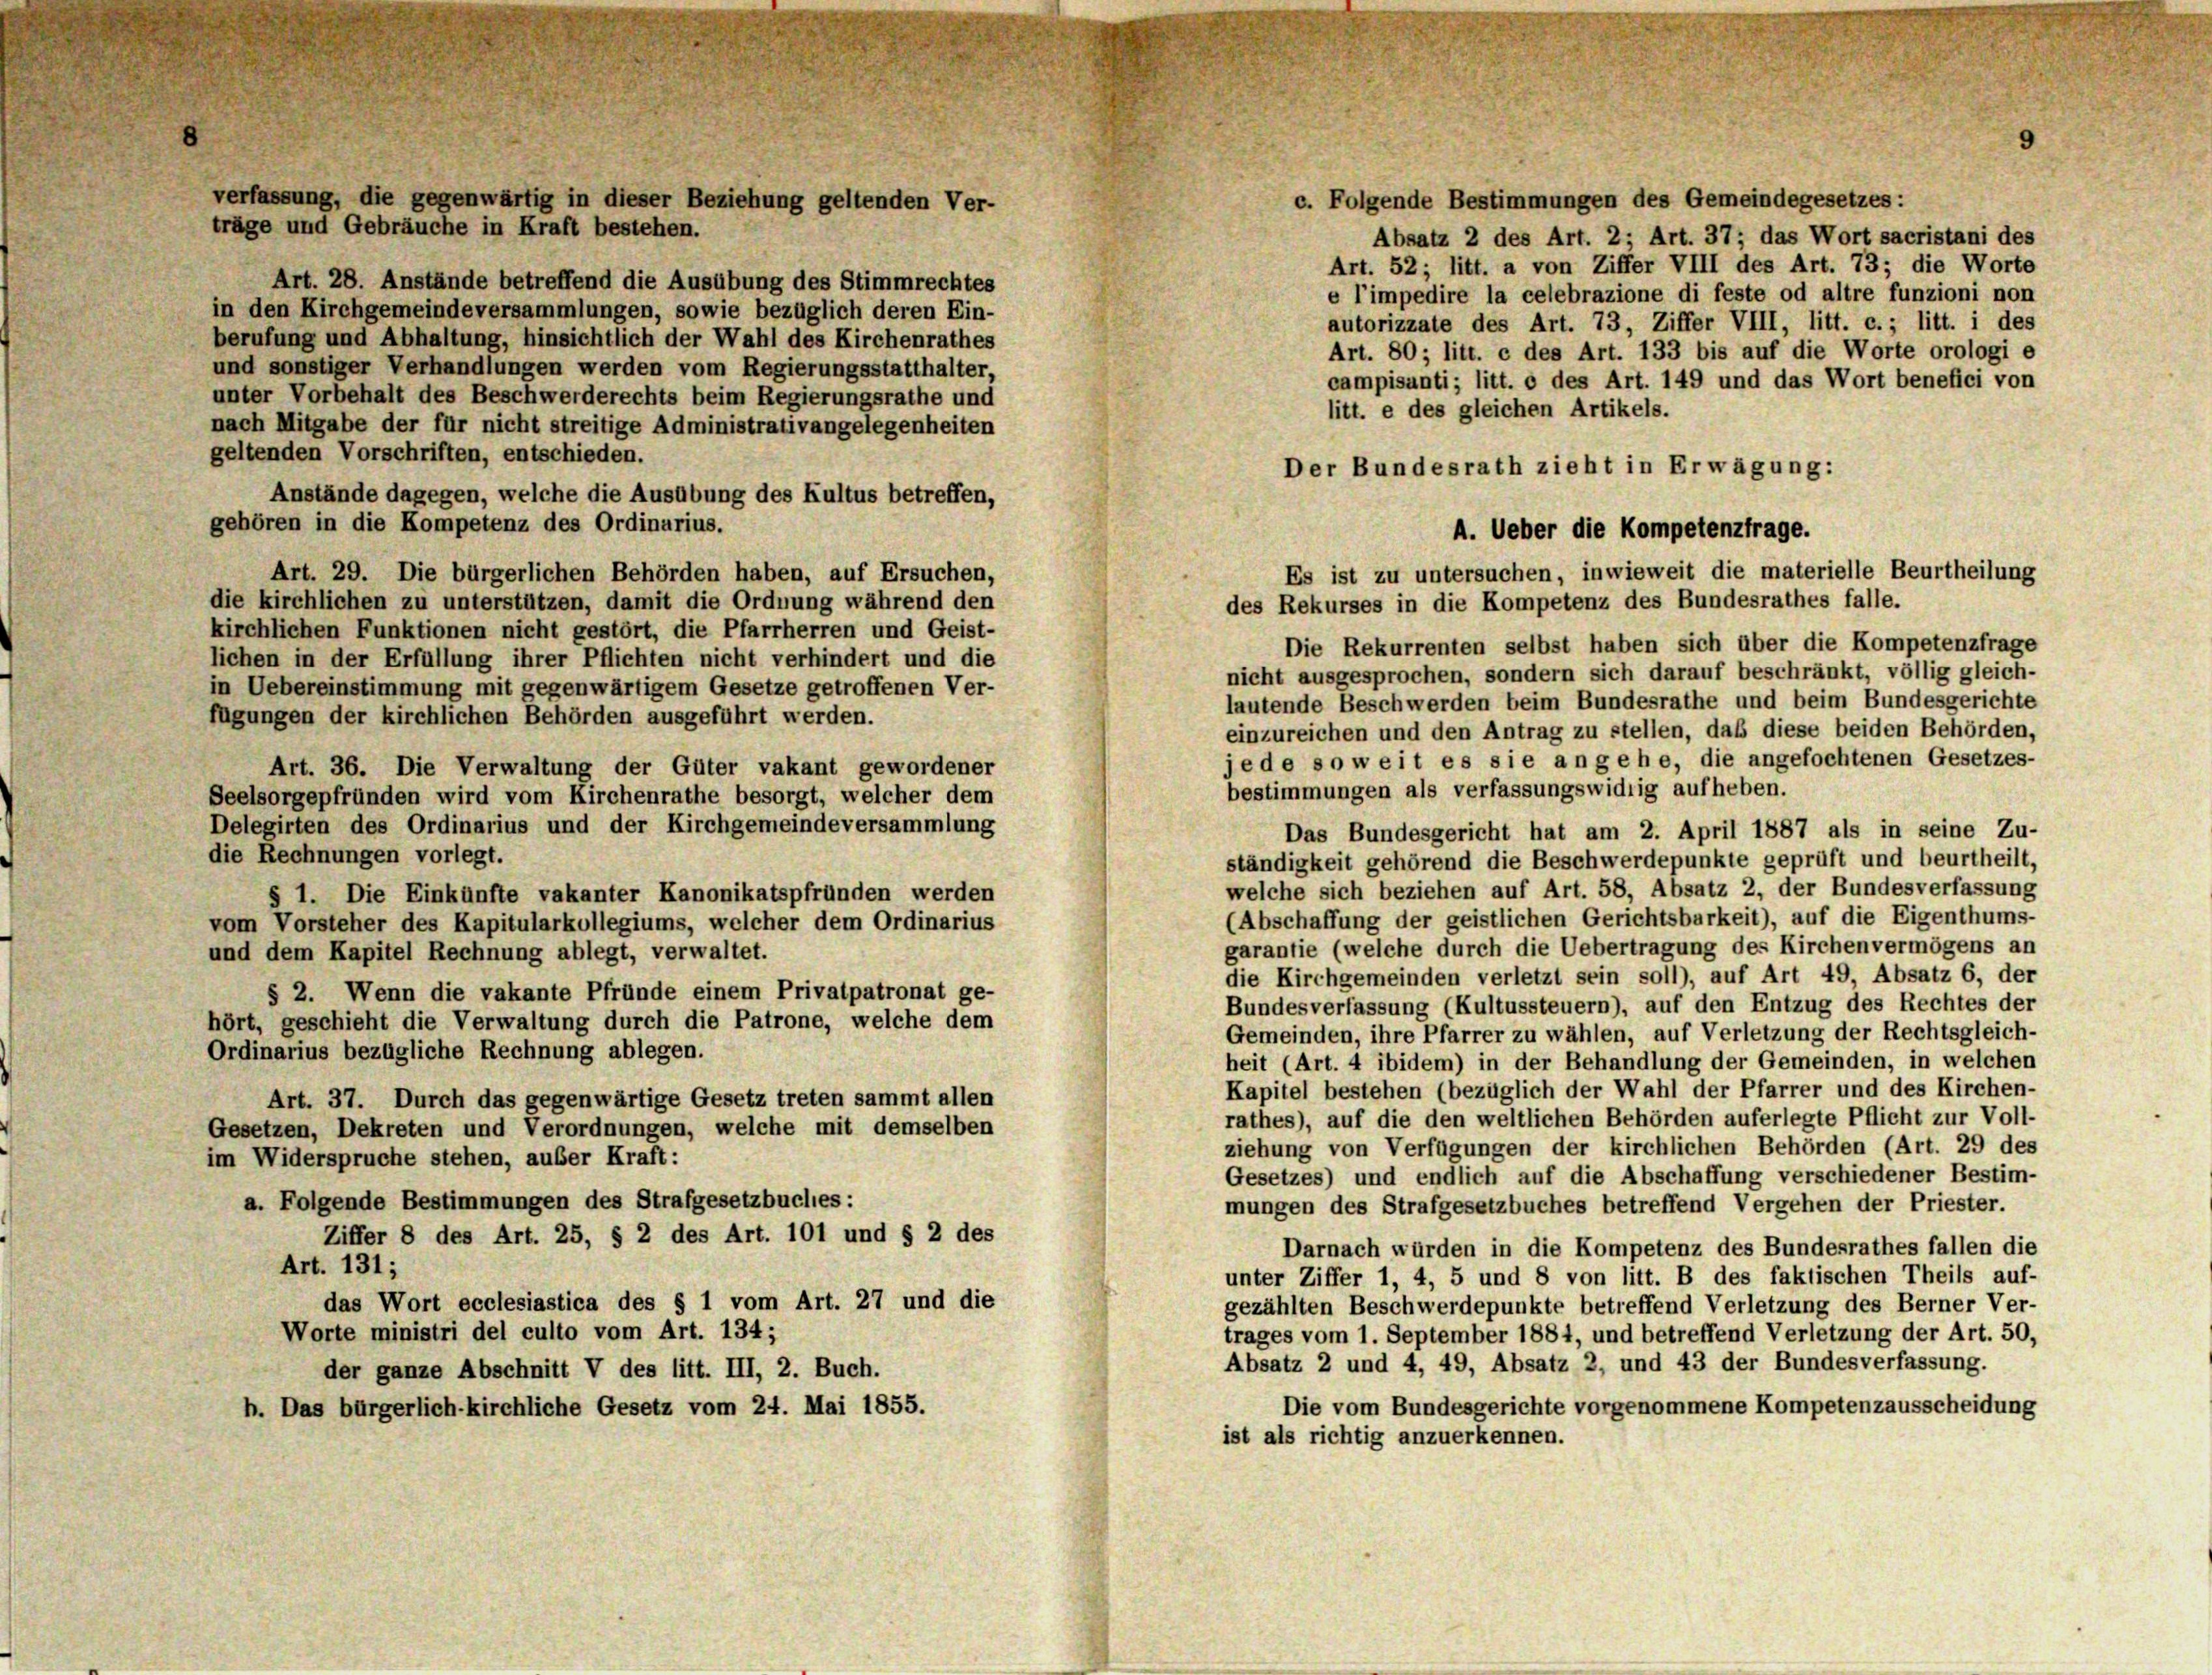
c. Folgende Bestimmungen des Gemeindegesetzes:
Absatz 2 des Art. 2; Art. 37; das Wort sacristani des
Art. 52; litt. a von Ziffer VIII des Art. 73; die Worte
Art. 28. Anstände betreffend die Ausübung des Stimmrechtes
e l’impedire la celebrazione di feste od altre funzioni non
in den Kirchgemeindeversammlungen, sowie bezüglich deren Ein-
autorizzate des Art. 73, Ziffer VIII, litt. c.; litt. i des
berufung und Abhaltung, hinsichtlich der Wahl des Kirchenrathes
Art. 80; litt. c des Art. 133 bis auf die Worte orologi e
und sonstiger Verhandlungen werden vom Regierungsstatthalter,
campisanti; litt. c des Art. 149 und das Wort benefici von
unter Vorbehalt des Beschwerderechts beim Regierungsrathe und
litt. e des gleichen Artikels.
nach Mitgabe der für nicht streitige Administrativangelegenheiten
geltenden Vorschriften, entschieden.
Anstände dagegen, welche die Ausübung des Kultus betreffen,
gehören in die Kompetenz des Ordinarius.
Art. 29. Die bürgerlichen Behörden haben, auf Ersuchen,
Es ist zu untersuchen, inwieweit die materielle Beurtheilung
die kirchlichen zu unterstützen, damit die Ordnung während den
kirchlichen Funktionen nicht gestört, die Pfarrherren und Geist-
Die Rekurrenten selbst haben sich über die Kompetenzfrage
lichen in der Erfüllung ihrer Pflichten nicht verhindert und die
nicht ausgesprochen, sondern sich darauf beschränkt, völlig gleich-
in Uebereinstimmung mit gegenwärtigem Gesetze getroffenen Ver-
lautende Beschwerden beim Bundesrathe und beim Bundesgerichte
fügungen der kirchlichen Behörden ausgeführt werden.
einzureichen und den Antrag zu stellen, daß diese beiden Behörden,
jede so weit es sie angehe, die angefochtenen Gesetzes-
Art. 36. Die Verwaltung der Güter vakant gewordener
bestimmungen als verfassungswidrig aufheben.
Seelsorgepfründen wird vom Kirchenrathe besorgt, welcher dem
Delegirten des Ordinarius und der Kirchgemeindeversammlung
Das Bundesgericht hat am 2. April 1887 als in seine Zu-
die Rechnungen vorlegt.
ständigkeit gehörend die Beschwerdepunkte geprüft und beurtheilt,
welche sich beziehen auf Art. 58, Absatz 2, der Bundesverfassung
§ 1. Die Einkünfte vakanter Kanonikatspfründen werden
(Abschaffung der geistlichen Gerichtsbarkeit), auf die Eigenthums-
vom Vorsteher des Kapitularkollegiums, welcher dem Ordinarius
garantie (welche durch die Uebertragung des Kirchenvermögens an
und dem Kapitel Rechnung ablegt, verwaltet.
die Kirchgemeinden verletzt sein soll), auf Art 49, Absatz 6, der
§ 2. Wenn die vakante Pfründe einem Privatpatronat ge-
Bundesverfassung (Kultussteuern), auf den Entzug des Rechtes der
hört, geschieht die Verwaltung durch die Patrone, welche dem
Gemeinden, ihre Pfarrer zu wählen, auf Verletzung der Rechtsgleich-
Ordinarius bezügliche Rechnung ablegen.
heit (Art. 4 ibidem) in der Behandlung der Gemeinden, in welchen
Kapitel bestehen (bezüglich der Wahl der Pfarrer und des Kirchen-
Art. 37. Durch das gegenwärtige Gesetz treten sammt allen
rathes), auf die den weltlichen Behörden auferlegte Pflicht zur Voll-
Gesetzen, Dekreten und Verordnungen, welche mit demselben
ziehung von Verfügungen der kirchlichen Behörden (Art. 29 des
im Widerspruche stehen, außer Kraft:
Gesetzes) und endlich auf die Abschaffung verschiedener Bestim-
a. Folgende Bestimmungen des Strafgesetzbuches:
mungen des Strafgesetzbuches betreffend Vergehen der Priester.
Ziffer 8 des Art. 25, § 2 des Art. 101 und § 2 des
Darnach würden in die Kompetenz des Bundesrathes fallen die
Art. 131;
unter Ziffer 1, 4, 5 und 8 von litt. B des faktischen Theils auf-
das Wort ecclesiastica des § 1 vom Art. 27 und die
gezählten Beschwerdepunkte betreffend Verletzung des Berner Ver-
Worte ministri del culto vom Art. 134;
trages vom 1. September 1884, und betreffend Verletzung der Art. 50,
Absatz 2 und 4, 49, Absatz 2, und 43 der Bundesverfassung.
der ganze Abschnitt V des litt. III, 2. Buch.
Die vom Bundesgerichte vorgenommene Kompetenzausscheidung
h. Das bürgerlich-kirchliche Gesetz vom 24. Mai 1855.
ist als richtig anzuerkennen.

verfassung, die gegenwärtig in dieser Beziehung geltenden Ver-
träge und Gebräuche in Kraft bestehen.

Der Bundesrath zieht in Erwägung:
A. Ueber die Kompetenzfrage.
des Rekurses in die Kompetenz des Bundesrathes falle.